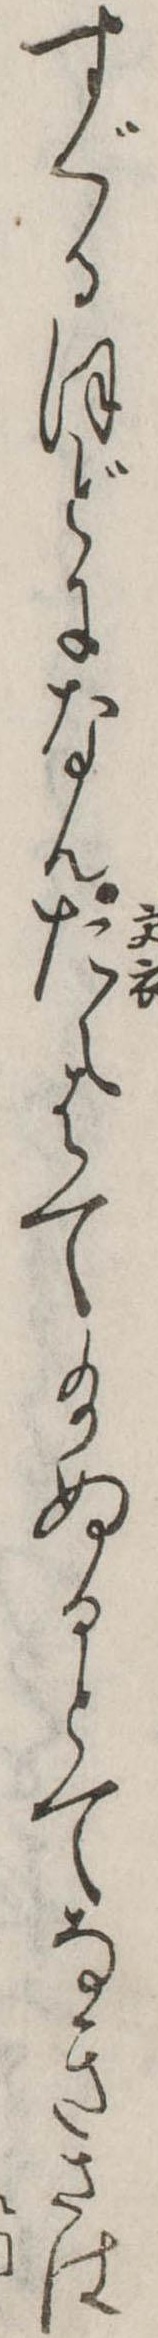
すぐるほどになんたえはて給ぬるとてなきさは